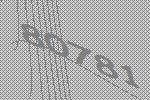
80781